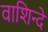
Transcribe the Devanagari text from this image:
वाशिन्दे